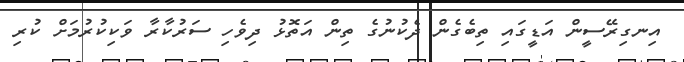
އިނގިރޭސީން އަޑީގައި ތިބެގެން ދެކުނުގެ ތިން އަތޮޅު ދިވެހި ސަރުކާރާ ވަކިކުރުމަށް ކުރި